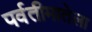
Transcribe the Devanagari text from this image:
पर्वतीमातेला